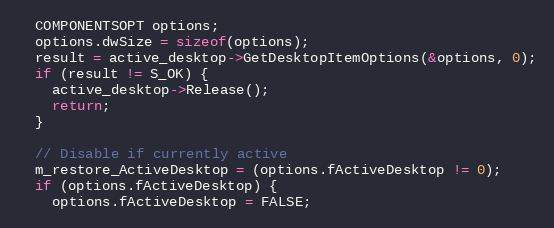
Language: C++
  COMPONENTSOPT options;
  options.dwSize = sizeof(options);
  result = active_desktop->GetDesktopItemOptions(&options, 0);
  if (result != S_OK) {
    active_desktop->Release();
    return;
  }

  // Disable if currently active
  m_restore_ActiveDesktop = (options.fActiveDesktop != 0);
  if (options.fActiveDesktop) {
    options.fActiveDesktop = FALSE;